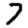
Digit: 7